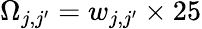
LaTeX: \Omega_{j,j^{\prime}}=w_{j,j^{\prime}}\times 25